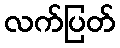
လက်ပြတ်